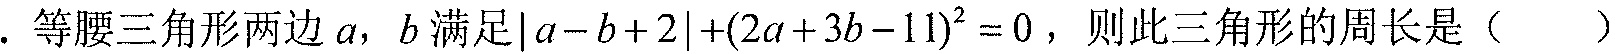
. 等腰三角形两边\(a,\ b\)满足\(\vert a - b + 2\vert+(2a + 3b - 11)^{2} = 0\)，则此三角形的周长是（  ）